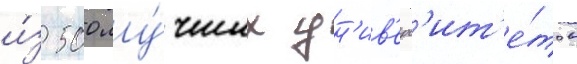
и́з 500 лу́чших ун'ив'ерс'ит'е́тов